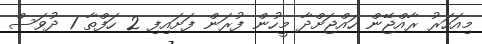
މިއަހަރު ރާއްޖޭން ހައްޖަށްދާ މީހުން ފުރަން ފަށައިފި 2 ހަފްތާ 1 ދުވަސް